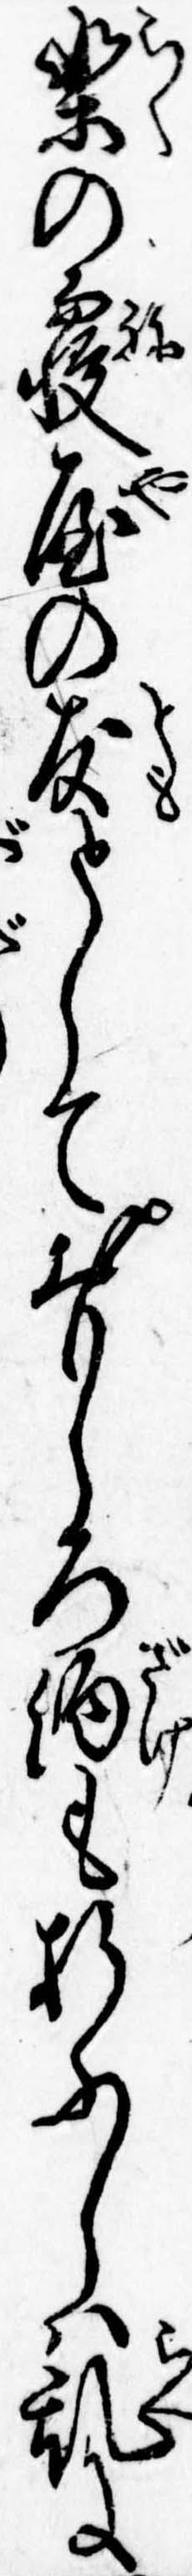
楽の寝屋の友としておもしろ酒も折ふしは乱に